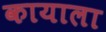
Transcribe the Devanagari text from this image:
कायाला